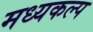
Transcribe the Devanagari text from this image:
मध्यकल्प